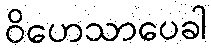
ဝိဟေသာပေခါ